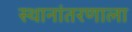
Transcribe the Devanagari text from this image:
स्थानांतरणाला